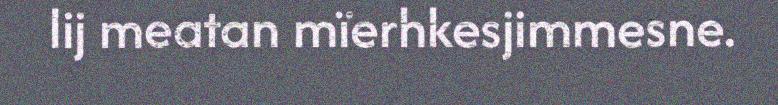
lij meatan mïerhkesjimmesne.